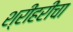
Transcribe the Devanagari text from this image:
श्रीहरींचा